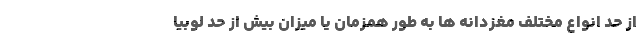
از حد انواع مختلف مغزدانه ها به طور همزمان یا میزان بیش از حد لوبیا